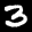
Label: 3